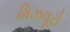
મિઝલૂટો